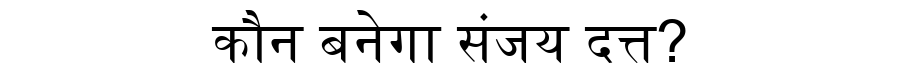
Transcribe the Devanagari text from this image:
कौन बनेगा संजय दत्त?